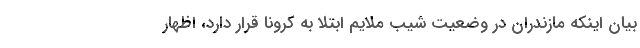
بیان اینکه مازندران در وضعیت شیب ملایم ابتلا به کرونا قرار دارد، اظهار